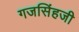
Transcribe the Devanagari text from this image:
गजसिंहजी